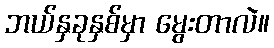
ဘယ်နှခုနှစ်မှာ မွေးတာလဲ။